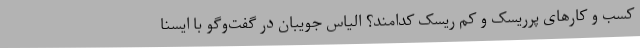
کسب و کارهای پرریسک و کم ریسک کدامند؟ الیاس جویبان در گفت‌وگو با ایسنا